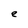
Character: e